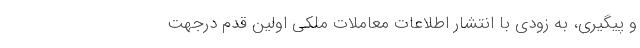
و پیگیری، به زودی با انتشار اطلاعات معاملات ملکی اولین قدم درجهت